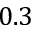
0 . 3